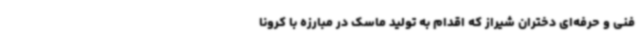
فنی و حرفه‌ای دختران شیراز که اقدام به تولید ماسک در مبارزه با کرونا